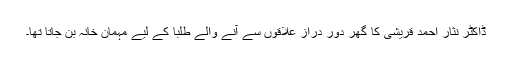
ڈاکٹر نثار احمد قریشی کا گھر دور دراز علاقوں سے آنے والے طلبا کے لیے مہمان خانہ بن جاتا تھا۔